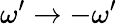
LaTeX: \omega^{\prime}\to-\omega^{\prime}